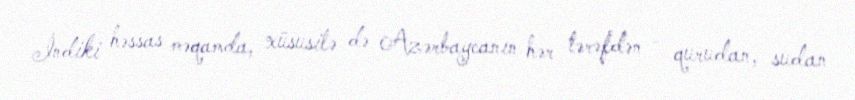
İndiki həssas məqamda, xüsusilə də Azərbaycanın hər tərəfdən - qurudan, sudan